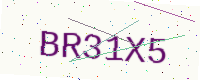
Text: BR31X5